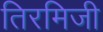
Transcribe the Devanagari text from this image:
तिरमिजी